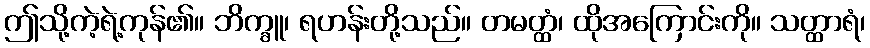
ဤသို့ကဲ့ရဲ့ကုန်၏။ ဘိက္ခူ၊ ရဟန်းတို့သည်။ တမတ္ထံ၊ ထိုအကြောင်းကို။ သတ္ထာရံ၊